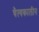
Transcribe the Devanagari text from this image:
चैत्यकालीन